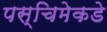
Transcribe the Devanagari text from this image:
पस्चिमेकडे